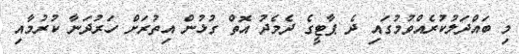
މި ބައްދަލުކުރެއްވުމުގައި ދެ ޕާޓީގެ ދެމެދު އޮތް ގުޅުން އިތުރަށް ހަރުދަނާ ކުރުމާއި